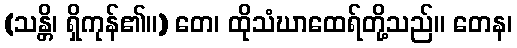
(သန္တိ၊ ရှိကုန်၏။) တေ၊ ထိုသံဃာထေရ်တို့သည်။ တေန၊